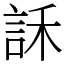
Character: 訸